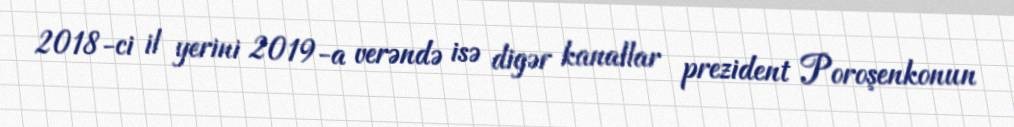
2018-ci il yerini 2019-a verəndə isə digər kanallar prezident Poroşenkonun